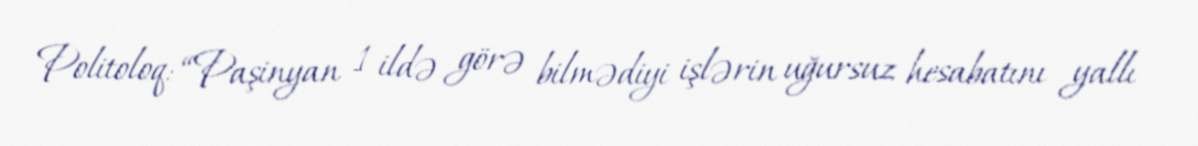
Politoloq: “Paşinyan 1 ildə görə bilmədiyi işlərin uğursuz hesabatını yallı